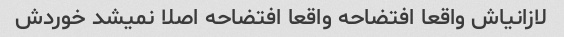
لازانیاش واقعا افتضاحه واقعا افتضاحه اصلا نمیشد خوردش